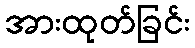
အားထုတ်ခြင်း